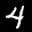
Label: 4